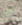
هي